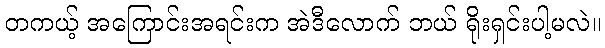
တကယ့် အကြောင်းအရင်းက အဲဒီလောက် ဘယ် ရိုးရှင်းပါ့မလဲ။